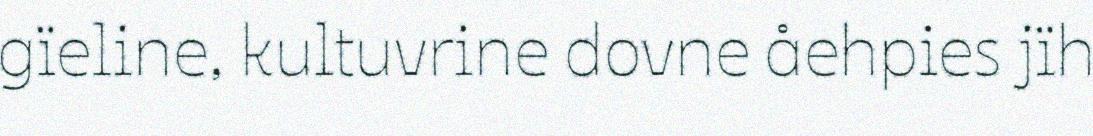
gïeline, kultuvrine dovne åehpies jïh